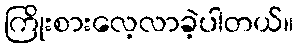
ကြိုးစားလေ့လာခဲ့ပါတယ်။